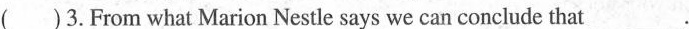
()3.From what Marion Nestle says we canconclude that___.